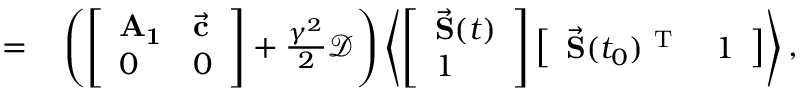
\begin{array} { r l } { = } & { { } \left( \left[ \begin{array} { l l } { \mathbf { A _ { 1 } } } & { \vec { \mathbf { c } } } \\ { 0 } & { 0 } \end{array} \right] + \frac { \gamma ^ { 2 } } 2 \mathcal { D } \right) \left< \left[ \begin{array} { l } { \vec { \mathbf { S } } ( t ) } \\ { 1 } \end{array} \right] \left[ \begin{array} { l l } { \vec { \mathbf { S } } ( t _ { 0 } ) ^ { \mathrm { ~ T ~ } } } & { 1 } \end{array} \right] \right> , } \end{array}